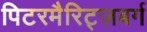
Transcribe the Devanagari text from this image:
पिटरमैरिट्ज़बर्ग